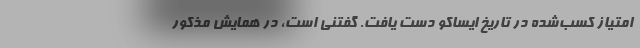
امتیاز کسب‌شده در تاریخ ایساکو دست یافت. گفتنی است، در همایش مذکور